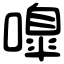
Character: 嘷